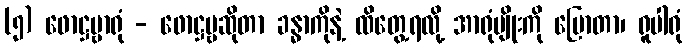
(၅) ဖောဋ္ဌဗ္ဗာရုံ - ဖောဋ္ဌဗ္ဗဆိုတာ ခန္ဓာကိုနဲ့ ထိတွေ့ရလို့ အာရုံမျိုးကို ပြောတာ၊ ရူပါရုံ